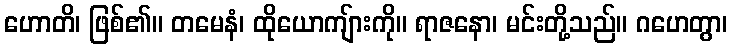
ဟောတိ၊ ဖြစ်၏။ တမေနံ၊ ထိုယောကျ်ားကို။ ရာဇနော၊ မင်းတို့သည်။ ဂဟေတွာ၊